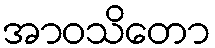
အာဝသိတော